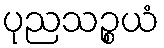
ပုညသဉ္စယံ